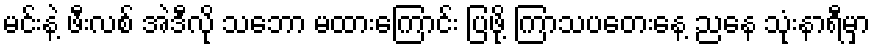
မင်းနဲ့ ဖီးလစ် အဲဒီလို သဘော မထားကြောင်း ပြဖို့ ကြာသပတေးနေ့ ညနေ သုံးနာရီမှာ